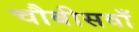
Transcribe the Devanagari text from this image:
चौबीसवाँ